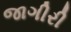
જાગીરી